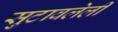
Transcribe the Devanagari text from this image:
सुटावलेली